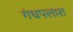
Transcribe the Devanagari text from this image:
गंधपलाश